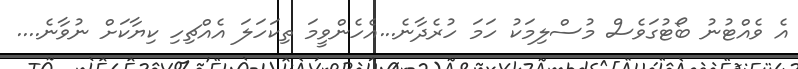
އެ ވެއްޓުނު ބޯޓުގަވެސް މުސްލިމަކު ހަމަ ހުރެދާނެ...އެހެންވީމަ ތިކަހަލަ އެއްޗިހި ކިޔާކަށް ނުވާނެ....